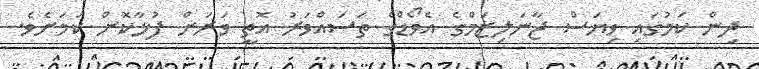
ދިން ކަމުގައި ވިޔަސް ޖާނަލިޒަމްގެ އެވޯޑްގެ ތަސައްވަރު އޮތީ ވަރަށް ފުޅާކޮށް ކަމަށެވެ.